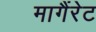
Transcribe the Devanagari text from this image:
मागैंरेट